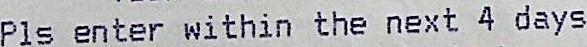
PLS ENTER WITHIN THE NEXT 4 DAYS